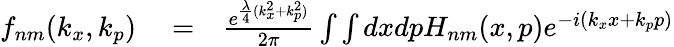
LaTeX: \begin{array}{rlr}{f_{nm}(k_{x},k_{p})}&{{}=}&{\frac{e^{\frac{\lambda}{4}(k_{x}^{2}+k_{p}^{2})}}{2\pi}\int\int dxdpH_{nm}(x,p)e^{-i(k_{x}x+k_{p}p)}}\end{array}